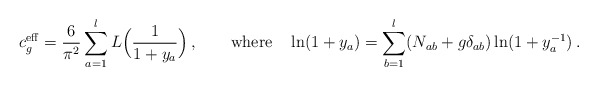
\begin{align*} c^{\rm eff}_g = \frac{6}{\pi^2} \sum_{a=1}^l L\Bigl( \frac{1}{1+y_a} \Bigr) \,, \qquad {\rm where} \quad \ln(1+y_a) = \sum_{b=1}^l ( N_{ab} + g \delta_{ab} ) \ln (1+y_a^{-1}) \,.\end{align*}